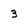
Character: 3